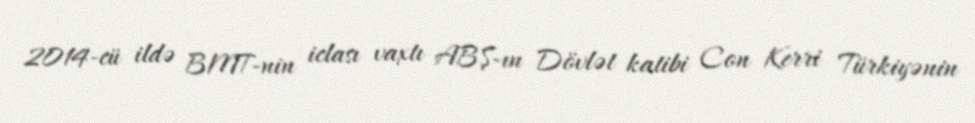
2014-cü ildə BMT-nin iclası vaxtı ABŞ-ın Dövlət katibi Con Kerri Türkiyənin